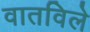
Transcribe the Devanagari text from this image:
वातविले